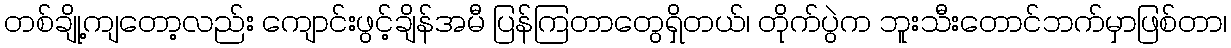
တစ်ချို့ကျတော့လည်း ကျောင်းဖွင့်ချိန်အမီ ပြန်ကြတာတွေရှိတယ်၊ တိုက်ပွဲက ဘူးသီးတောင်ဘက်မှာဖြစ်တာ၊